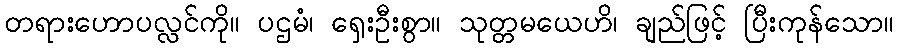
တရားဟောပလ္လင်ကို။ ပဌမံ၊ ရှေးဦးစွာ။ သုတ္တမယေဟိ၊ ချည်ဖြင့် ပြီးကုန်သော။